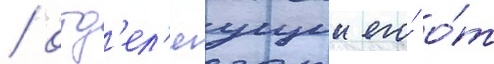
/ отд'ел'яущии его́ о́т